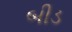
બીડ